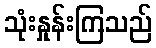
သုံးနှုန်းကြသည်